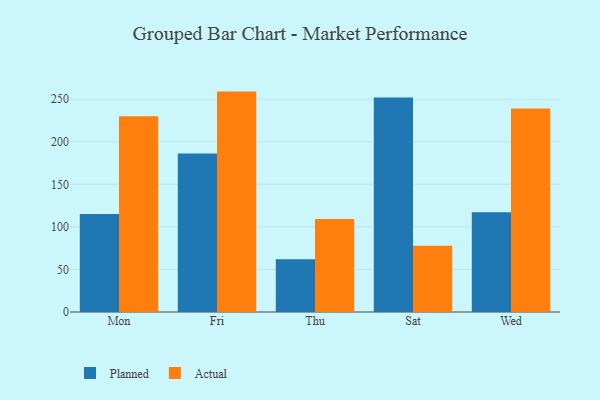
{"axis": {"x": "Day", "y": "Budget (USD K)"}, "legend": ["Actual", "Planned"], "data": [{"x": "Mon", "y": 115.2, "type": "Planned"}, {"x": "Mon", "y": 229.8, "type": "Actual"}, {"x": "Fri", "y": 186.2, "type": "Planned"}, {"x": "Fri", "y": 258.9, "type": "Actual"}, {"x": "Thu", "y": 61.9, "type": "Planned"}, {"x": "Thu", "y": 109.1, "type": "Actual"}, {"x": "Sat", "y": 251.9, "type": "Planned"}, {"x": "Sat", "y": 77.9, "type": "Actual"}, {"x": "Wed", "y": 117.1, "type": "Planned"}, {"x": "Wed", "y": 239.0, "type": "Actual"}]}